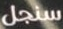
سنجل